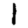
Digit: 1